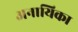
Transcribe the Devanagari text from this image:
अनायिका